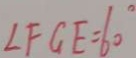
\angle F G E = 6 0 ^ { \circ }